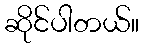
ဆိုင်ပါတယ်။